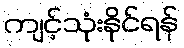
ကျင့်သုံးနိုင်ရန်